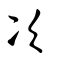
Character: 次